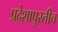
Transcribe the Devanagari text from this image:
प्रदेशापुरतीच